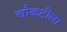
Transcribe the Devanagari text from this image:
चौकटीला